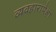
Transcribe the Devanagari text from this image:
व्यवहारापेक्षा